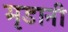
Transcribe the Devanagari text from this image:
मृडानी